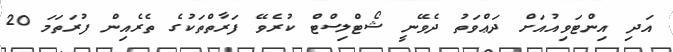
އަދި އިންޓަވިއުއަށް ދަޢްވަތު ދެވޭނީ ޝޯޓްލިސްޓް ކުރެވޭ ފަރާތްތަކުގެ ތެރެއިން ފުރަތަމަ 20